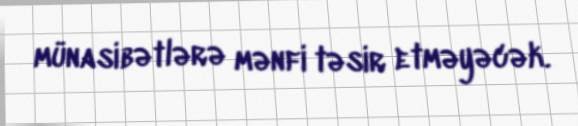
münasibətlərə mənfi təsir etməyəcək.